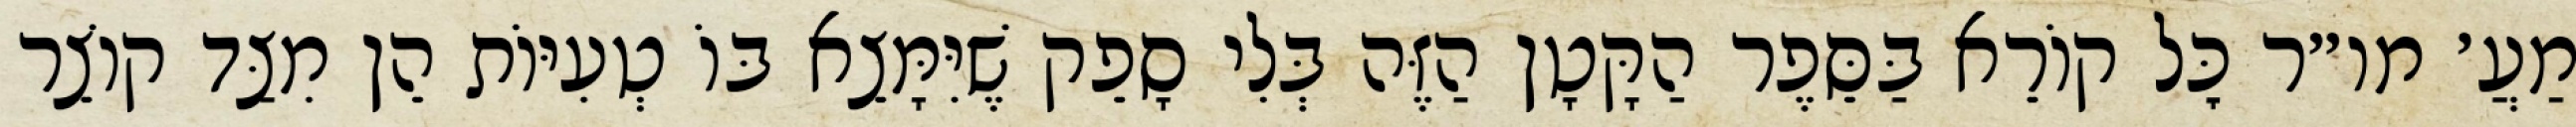
מַעֲ׳ מו״ר כׇּל קוֹרֵא בַּסֵּפֶר הַקָּטָן הַזֶּה בְּלִי סָפֵק שֶׁיִּמָּצֵא בּוֹ טְעִיּוֹת הֵן מִצַּד קוֹצֵר